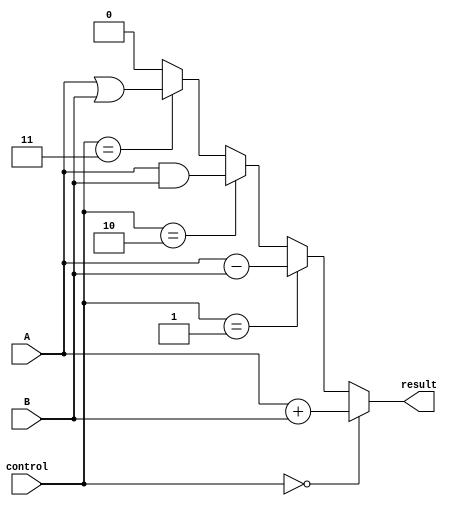
module ALU(input wire A, B,
           input wire [1:0] control,
           output wire result);

   assign result = (control == 2'b00) ? (A + B) :
                   (control == 2'b01) ? (A - B) :
                   (control == 2'b10) ? (A & B) :
                   (control == 2'b11) ? (A | B) :
                   1'b0;
                   
endmodule